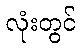
လုံးတွင်